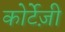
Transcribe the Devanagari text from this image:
कोर्टेज़ी